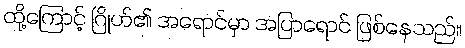
ထို့ကြောင့် ဂြိုဟ်၏ အရောင်မှာ အပြာရောင် ဖြစ်နေသည်။